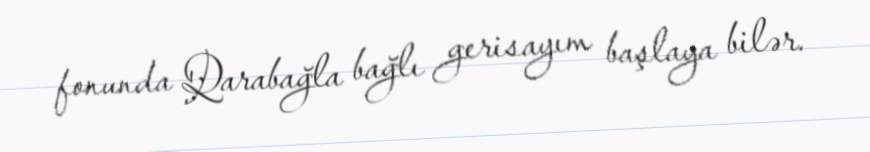
fonunda Qarabağla bağlı gerisayım başlaya bilər.